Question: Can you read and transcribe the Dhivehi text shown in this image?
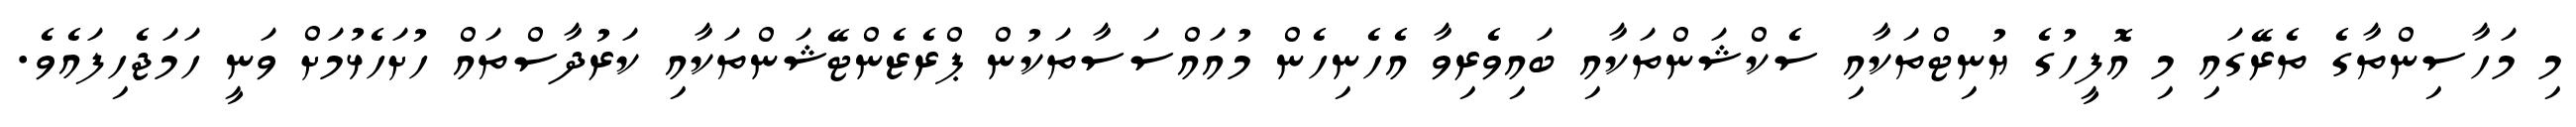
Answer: މި މަހާސިންތާގެ ތެރޭގައި މި އޮފީހުގެ ޔުނިޓްތަކާއި ސެކްޝަންތަކާއި ބައިވެރިވާ އެހެނިހެން މުއައްސަސާތަކުން ޕްރެޒެންޓޭޝަންތަކާއި ކަރުދާސްތައް ހުށަހެޅުމަށް ވަނީ ހަމަޖެހިފައެވެ.